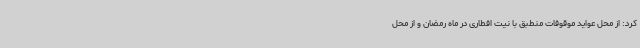
کرد: از محل عواید موقوفات منطبق با نیت افطاری در ماه رمضان و از محل